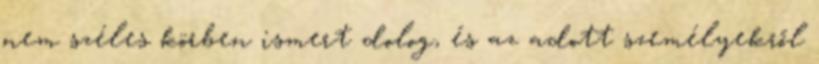
nem széles körben ismert dolog, és az adott személyekről